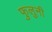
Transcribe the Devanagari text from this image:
फुलुनी